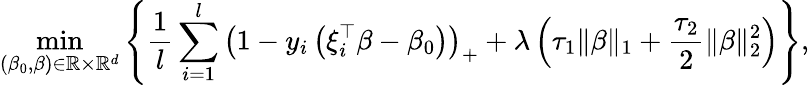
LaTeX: \operatorname*{min}_{(\beta_{0},\beta)\in\mathbb{R}\times\mathbb{R}^{d}}\left\{ \frac{1}{l}\sum_{i=1}^{l}\left(1-y_{i}\left(\xi_{i}^{\top}\beta-\beta_{0}\right)\right)_{+}+\lambda\left(\tau_{1}\| \beta\| _{1}+\frac{\tau_{2}}{2}\| \beta\| _{2}^{2}\right)\right\} ,